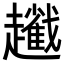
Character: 𧾢